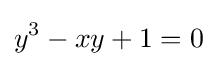
y^{3}-xy+1=0